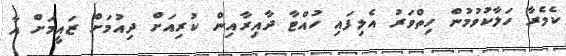
ކެމެރާ ހަލާކުވުމުން ހިތްވަރު އެލިފައި ހުއްޓާ ދާއިރާއިން ކުރިއަށް ދިއުމަށް ޒައީމަށް އާ